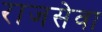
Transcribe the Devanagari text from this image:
राजसेवा